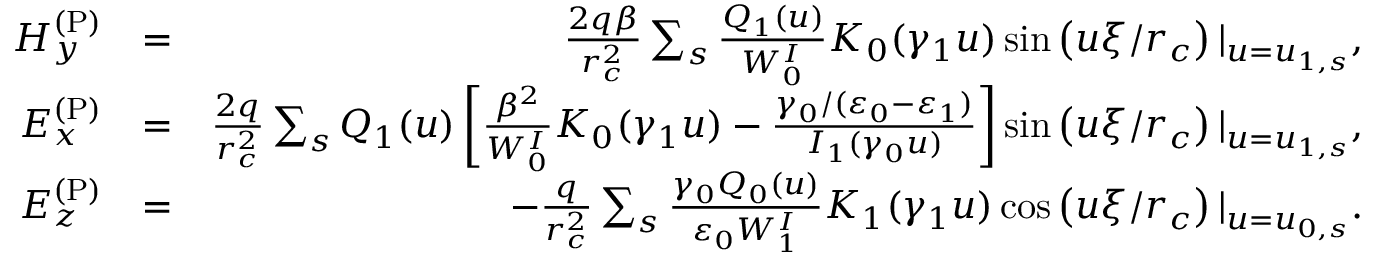
\begin{array} { r l r } { H _ { y } ^ { \mathrm { ( P ) } } } & { = } & { \frac { 2 q \beta } { r _ { c } ^ { 2 } } \sum _ { s } \frac { Q _ { 1 } ( u ) } { W _ { 0 } ^ { I } } K _ { 0 } ( \gamma _ { 1 } u ) \sin \left( u \xi / r _ { c } \right) | _ { u = u _ { 1 , s } } , } \\ { E _ { x } ^ { \mathrm { ( P ) } } } & { = } & { \frac { 2 q } { r _ { c } ^ { 2 } } \sum _ { s } Q _ { 1 } ( u ) \left[ \frac { \beta ^ { 2 } } { W _ { 0 } ^ { I } } K _ { 0 } ( \gamma _ { 1 } u ) - \frac { \gamma _ { 0 } / ( \varepsilon _ { 0 } - \varepsilon _ { 1 } ) } { I _ { 1 } ( \gamma _ { 0 } u ) } \right] \sin \left( u \xi / r _ { c } \right) | _ { u = u _ { 1 , s } } , } \\ { E _ { z } ^ { \mathrm { ( P ) } } } & { = } & { - \frac { q } { r _ { c } ^ { 2 } } \sum _ { s } \frac { \gamma _ { 0 } Q _ { 0 } ( u ) } { \varepsilon _ { 0 } W _ { 1 } ^ { I } } K _ { 1 } ( \gamma _ { 1 } u ) \cos \left( u \xi / r _ { c } \right) | _ { u = u _ { 0 , s } } . } \end{array}